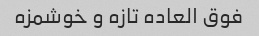
فوق العاده تازه و خوشمزه